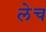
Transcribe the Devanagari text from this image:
लेच